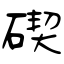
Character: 碶